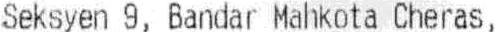
SEKSYEN 9, BANDAR MAHKOTA CHERAS,